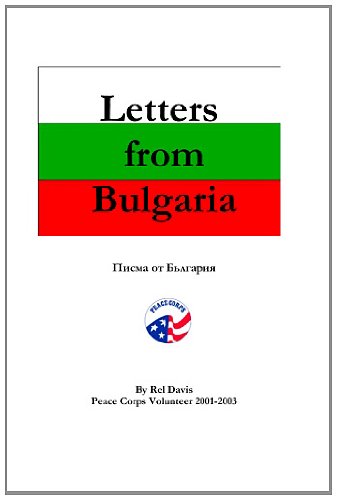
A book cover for Letters from Bulgaria; Rel Davis; Travel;